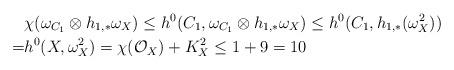
LaTeX: \begin{align*}& \chi(\omega_{C_1}\otimes h_{1,*}\omega_X)\le h^0(C_1,\omega_{C_1}\otimes h_{1,*}\omega_X)\le h^0(C_1,h_{1,*}(\omega_X^2))\\=& h^0(X,\omega_X^2)=\chi(\mathcal{O}_X)+K_X^2\le 1+9=10\end{align*}